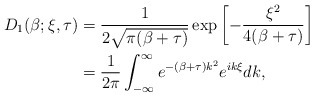
\begin{align*}D_{1}(\beta; \xi, \tau) &= \frac{1}{2\sqrt{\pi (\beta + \tau)}} \exp\left[-\frac{\xi^{2}}{4(\beta + \tau)}\right] \\&= \frac{1}{2\pi} \int_{-\infty}^{\infty} e^{-(\beta +\tau) k^{2}} e^{i k \xi} dk,\end{align*}